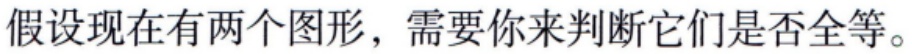
假设现在有两个图形，需要你来判断它们是否全等。